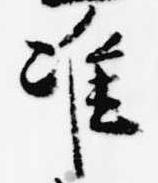
准